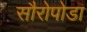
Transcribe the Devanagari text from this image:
सौरोपोडा